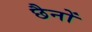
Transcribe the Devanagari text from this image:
छैनों